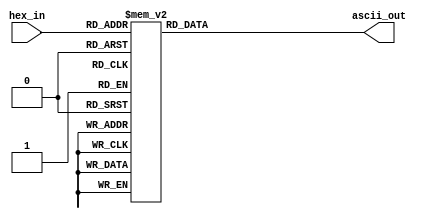
module HEX_To_ASCII (
    input [3:0] hex_in,    // 4-bit input hex value
    output reg [7:0] ascii_out // 8-bit output ASCII representation
);

always @(*) begin
    case (hex_in)
        4'h0: ascii_out = 8'h30; // '0'
        4'h1: ascii_out = 8'h31; // '1'
        4'h2: ascii_out = 8'h32; // '2'
        4'h3: ascii_out = 8'h33; // '3'
        4'h4: ascii_out = 8'h34; // '4'
        4'h5: ascii_out = 8'h35; // '5'
        4'h6: ascii_out = 8'h36; // '6'
        4'h7: ascii_out = 8'h37; // '7'
        4'h8: ascii_out = 8'h38; // '8'
        4'h9: ascii_out = 8'h39; // '9'
        4'hA: ascii_out = 8'h41; // 'A'
        4'hB: ascii_out = 8'h42; // 'B'
        4'hC: ascii_out = 8'h43; // 'C'
        4'hD: ascii_out = 8'h44; // 'D'
        4'hE: ascii_out = 8'h45; // 'E'
        4'hF: ascii_out = 8'h46; // 'F'
        default: ascii_out = 8'h3F; // '?' - this should never happen for valid 4-bit input
    endcase
end

endmodule